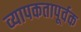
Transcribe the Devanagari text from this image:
व्यापकतापूर्वक